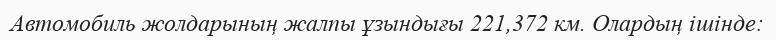
Автомобиль жолдарының жалпы ұзындығы 221,372 км. Олардың ішінде: